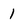
Character: 1